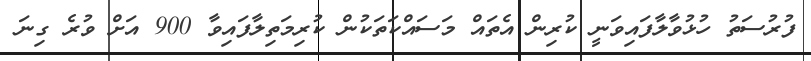
ފުރުސަތު ހުޅުވާލާފައިވަނީ ކުރިން އެތައް މަސައްކަތަކުން ކުރިމަތިލާފައިވާ 900 އަށް ވުރެ ގިނަ